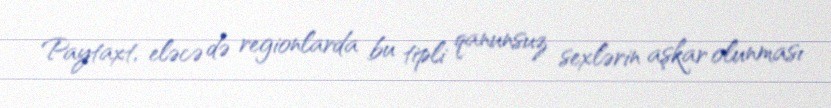
Paytaxt, eləcə də regionlarda bu tipli qanunsuz sexlərin aşkar olunması